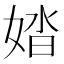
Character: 㛥